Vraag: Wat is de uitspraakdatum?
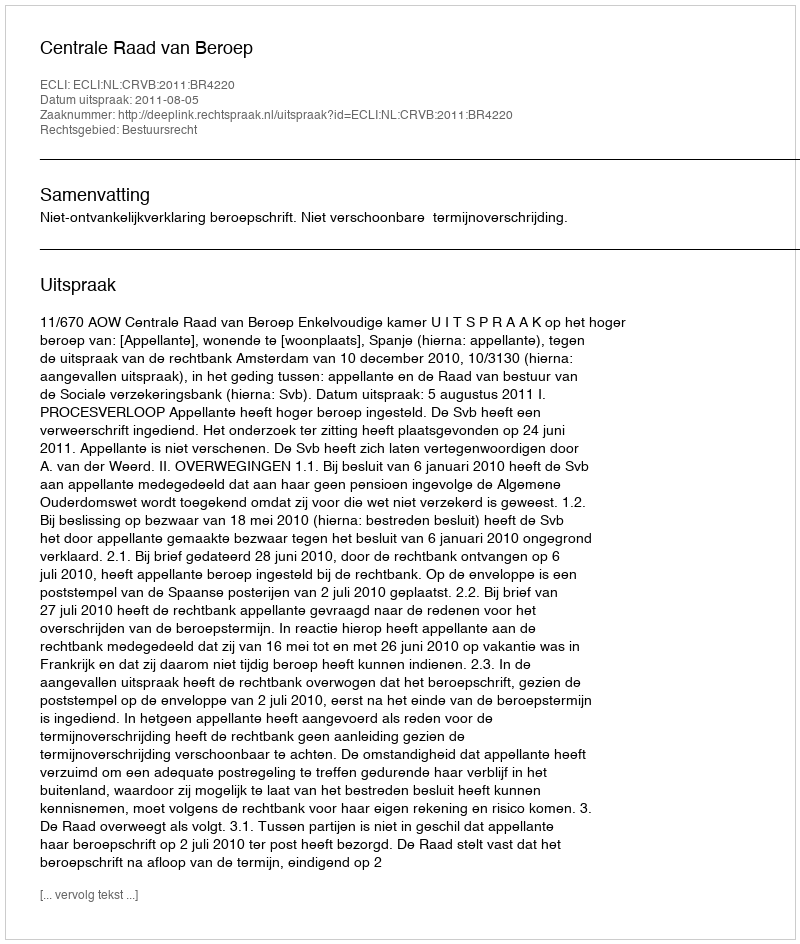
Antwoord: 2011-08-05